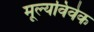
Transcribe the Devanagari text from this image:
मूल्यविवेक